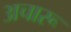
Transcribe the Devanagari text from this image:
अचारू